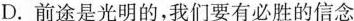
D.前途是光明的，我们要有必胜的信念